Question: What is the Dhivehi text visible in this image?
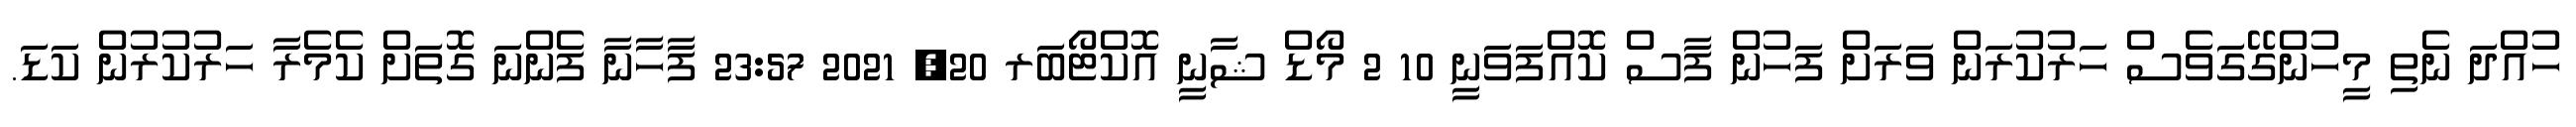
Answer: ހުއްދަ ނެތި މީހުންގޭގަވެސް ހަރުކުރަން ވަރަށް ފަހުން ފާސް ކޮއްފަވަނީ 10 2 މޯޑް ޝާނީ އޮކްޓޯބަރ 20, 2021 23:57 ފާހާނާ ފެންނަ ގޮތަށް ކެމެރާ ހަރުކުރުން ކަޑަ.